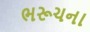
ભરૂચના